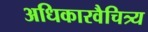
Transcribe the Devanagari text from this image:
अधिकारवैचित्र्य